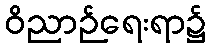
ဝိညာဉ်ရေးရာ၌